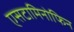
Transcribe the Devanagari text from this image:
एसटामिनोफिन